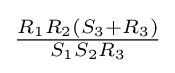
{\tfrac {R_{1}R_{2}(S_{3}+R_{3})}{S_{1}S_{2}R_{3}}}